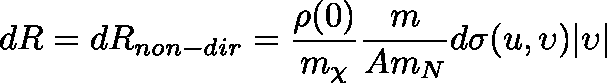
d R = d R _ { n o n - d i r } = \frac { \rho ( 0 ) } { m _ { \chi } } \frac { m } { A m _ { N } } d \sigma ( u , \upsilon ) | { \boldmath \upsilon } |